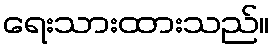
ရေးသားထားသည်။